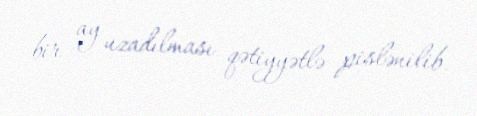
bir ay uzadılması qətiyyətlə pislənilib.